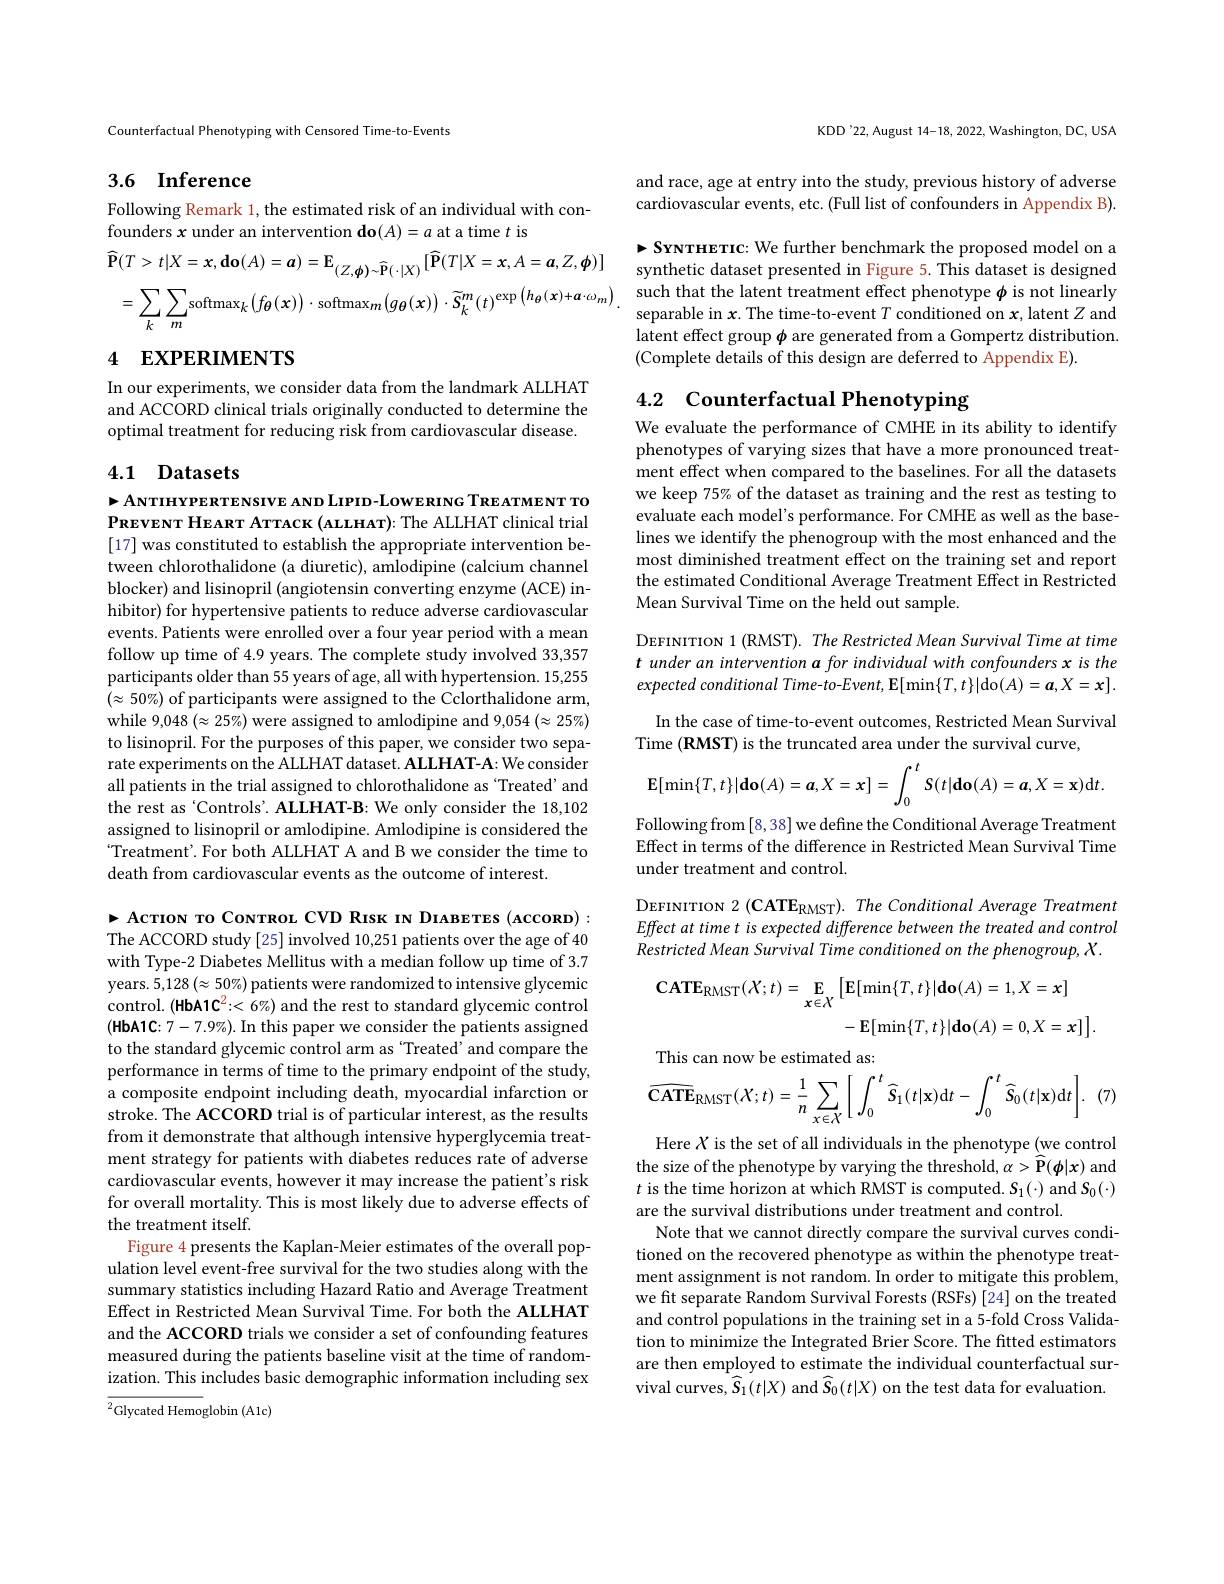
Counterfactual Phenotyping with Censored Time-to-Events

## 3.6 Inference

Following Remark 1, the estimated risk of an individual with con-
founders $x$ under an intervention do$(A)=a$ at a time $t$ is

$\widehat{\mathbf{P} } ( T> t| X= \mathbf{x} , \mathbf{do}( A) = \boldsymbol{a}) = \mathbf{E} _{( Z, \boldsymbol{\phi }) \sim \widehat{\mathbf{P} } ( \cdot | X) }[ \widehat{\mathbf{P} } ( T| X= \boldsymbol{x}, A= \boldsymbol{a}, Z, \boldsymbol{\phi }) ]$ synthetic dataset presented in Figure 5.This dataset is designed $=\sum_{k}\sum_{m}\mathrm{softmax}_{k}\left(f_{{\boldsymbol{\theta}}}\left(\mathbf{x}\right)\right)\cdot\mathrm{softmax}_{m}\left(g_{{\boldsymbol{\theta}}}\left(\mathbf{x}\right)\right)\cdot\widetilde{S}_{k}^{m}\left(t\right)^{\exp\left(h_{{\boldsymbol{\theta}}}\left(\mathbf{x}\right)+\boldsymbol{\alpha}\cdot\omega_{m}\right).\begin{array}{c}\mathrm{such~that~the~latent~treatment~effect~phenotype~}\boldsymbol{\phi}\mathrm{~is~not~linearly}\\\mathrm{separable~in~}\boldsymbol{x}.\text{The time-to-event}T\mathrm{~}\end{array}}$

# 4 EXPERIMENTS

In our experiments, we consider data from the landmark ALLHAT and ACCORD clinical trials originally conducted to determine the optimal treatment for reducing risk from cardiovascular disease.

## 4.1 Datasets

$\triangleright$ANTIHYPERTENSIVE AND LIPID-LOWERING TREATMENT TO PREVENT HEART ATTACK ( ALLHAT) : The ALLHAT clinical trial [17] was constituted to establish the appropriate intervention between chlorothalidone (a diuretic), amlodipine (calcium channel blocker) and lisinopril (angiotensin converting enzyme (ACE) inhibitor) for hypertensive patients to reduce adverse cardiovascular events. Patients were enrolled over a four year period with a mean follow up time of 4.9 years. The complete study involved 33,357 participants older than 55 years of age, all with hypertension. 15,255 $(\approx50\%)$ of participants were assigned to the Cclorthalidone arm, while 9,048 $(\approx25\%)$ were assigned to amlodipine and 9,054 $(\approx25\%)$ to lisinopril. For the purposes of this paper, we consider two separate experiments on the ALLHAT dataset. ALLHAT-A: We consider all patients in the trial assigned to chlorothalidone as ‘Treated’and the rest as‘Controls’. ALLHAT-B: We only consider the 18,102 assigned to lisinopril or amlodipine. Amlodipine is considered the Treatment'. For both ALLHAT A and B we consider the time to death from cardiovascular events as the outcome of interest.

$\vdash$ Acrion ro Covrraou CVD RIsk IN DIABETES (ACCORD): The ACCORD study [25] involved 10,251 patients over the age of 40 with Type-2 Diabetes Mellitus with a median follow up time of 3.7 years. $5,128\left(\approx50\%\right)$ patients were randomized to intensive glycemic control. (HbA1C$^2:<6\%)$ and the rest to standard glycemic control (HbA1C: $7-7.9\%).$ In this paper we consider the patients assigned to the standard glycemic control arm as ‘Treated’ and compare the performance in terms of time to the primary endpoint of the study, a composite endpoint including death, myocardial infarction or stroke. The ACCORD trial is of particular interest, as the results from it demonstrate that although intensive hyperglycemia treatment strategy for patients with diabetes reduces rate of adverse cardiovascular events, however it may increase the patient's risk for overall mortality. This is most likely due to adverse effects of the treatment itself.
Figure 4 presents the Kaplan-Meier estimates of the overall population level event-free survival for the two studies along with the summary statistics including Hazard Ratio and Average Treatment Effect in Restricted Mean Survival Time. For both the ALLHAT and the ACCORD trials we consider a set of confounding features measured during the patients baseline visit at the time of randomization. This includes basic demographic information including sex

${\overline{{^2}}}$Glycated Hemoglobin (A1c)

KDD'22, August 14-18, 2022, Washington, DC, USA

and race, age at entry into the study, previous history of adverse cardiovascular events, etc. (Full list of confounders in Appendix B).

$\triangleright S$YNTHETIC: We further benchmark the proposed model on a latent effect group $\phi$ are generated from a Gompertz distribution. (Complete details of this design are deferred to Appendix E).

# 4.2 Counterfactual Phenotyping

We evaluate the performance of CMHE in its ability to identify phenotypes of varying sizes that have a more pronounced treatment effect when compared to the baselines. For all the datasets we keep 75% of the dataset as training and the rest as testing to evaluate each model's performance. For CMHE as well as the baselines we identify the phenogroup with the most enhanced and the most diminished treatment effect on the training set and report the estimated Conditional Average Treatment Effect in Restricted Mean Survival Time on the held out sample.

DEFINITION 1 (RMST). The Restricted Mean Survival Time at time $t$ under an intervention a for individual with confounders x is the expected conditional Time-to-Event, E[min$\{T,t\}|$do$(A)=\boldsymbol{a},X=\boldsymbol{x}].$
In the case of time-to-event outcomes, Restricted Mean Survival
Time (RMST) is the truncated area under the survival curve,
$$\operatorname{E}[\min\{T,t\}|\mathbf{do}(A)=\boldsymbol{a},X=\boldsymbol{x}]=\int_0^tS(t|\mathbf{do}(A)=\boldsymbol{a},X=\mathbf{x})\mathrm{d}t.$$
Following from [8,38] we define the Conditional Average Treatment Effect in terms of the difference in Restricted Mean Survival Time under treatment and control.
DEFINITION 2 (CATE$_{\mathrm{RMST}}) . \textit{ The Conditional Average Treatment}$ Effect at time t is expected difference between the treated and control Restricted Mean Survival Time conditioned on the phenogroup, X.
$$\begin{aligned}\mathbf{CATE}_{\mathrm{RMST}}(X;t)&=\sum_{\mathbf{x}\in X}\left[\mathbf{E}[\min\{T,t\}|\mathbf{do}(A)=1,X=\mathbf{x}]\right]\\&-\operatorname{E}[\min\{T,t\}|\mathbf{do}(A)=0,X=\mathbf{x}]\Big].\end{aligned}$$
This can now be estimated as:
$$\widehat{\mathbf{CATE}}_{\mathrm{RMST}}(\mathcal{X};t)=\frac{1}{n}\sum_{x\in\mathcal{X}}\bigg[\int_{0}^{t}\widehat{S}_{1}(t|\mathbf{x})\mathrm{d}t-\int_{0}^{t}\widehat{S}_{0}(t|\mathbf{x})\mathrm{d}t\bigg].$$
(7)
Here $X$ is the set of all individuals in the phenotype (we control the size of the phenotype by varying the threshold, $\alpha>\widehat{\hat{P}}(\boldsymbol\phi|x)$ and

$t$ is the time horizon at which RMST is computed. $S_1(\cdot)$ and $S_0(\cdot)$
are the survival distributions under treatment and control.
Note that we cannot directly compare the survival curves conditioned on the recovered phenotype as within the phenotype treatment assignment is not random. In order to mitigate this problem, we fit separate Random Survival Forests (RSFs) [24] on the treated and control populations in the training set in a 5-fold Cross Validation to minimize the Integrated Brier Score. The fitted estimators are then employed to estimate the individual counterfactual survival curves,$\widehat{S}_{1}(t|X)$ and $\widehat{S}_{0}(t|X)$ on the test data for evaluation.